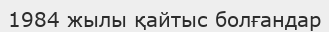
1984 жылы қайтыс болғандар